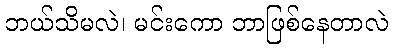
ဘယ်သိမလဲ၊ မင်းကော ဘာဖြစ်နေတာလဲ